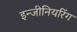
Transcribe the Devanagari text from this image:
इन्‍जीनियरिंग